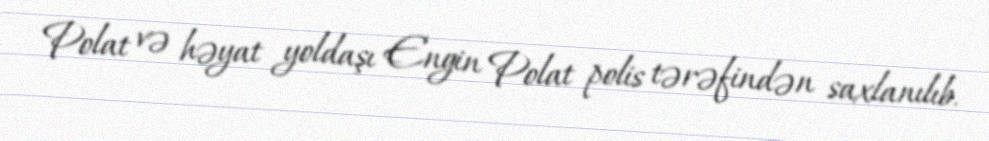
Polat və həyat yoldaşı Engin Polat polis tərəfindən saxlanılıb.